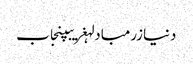
دنیازرمبادلہغریبپنجاب